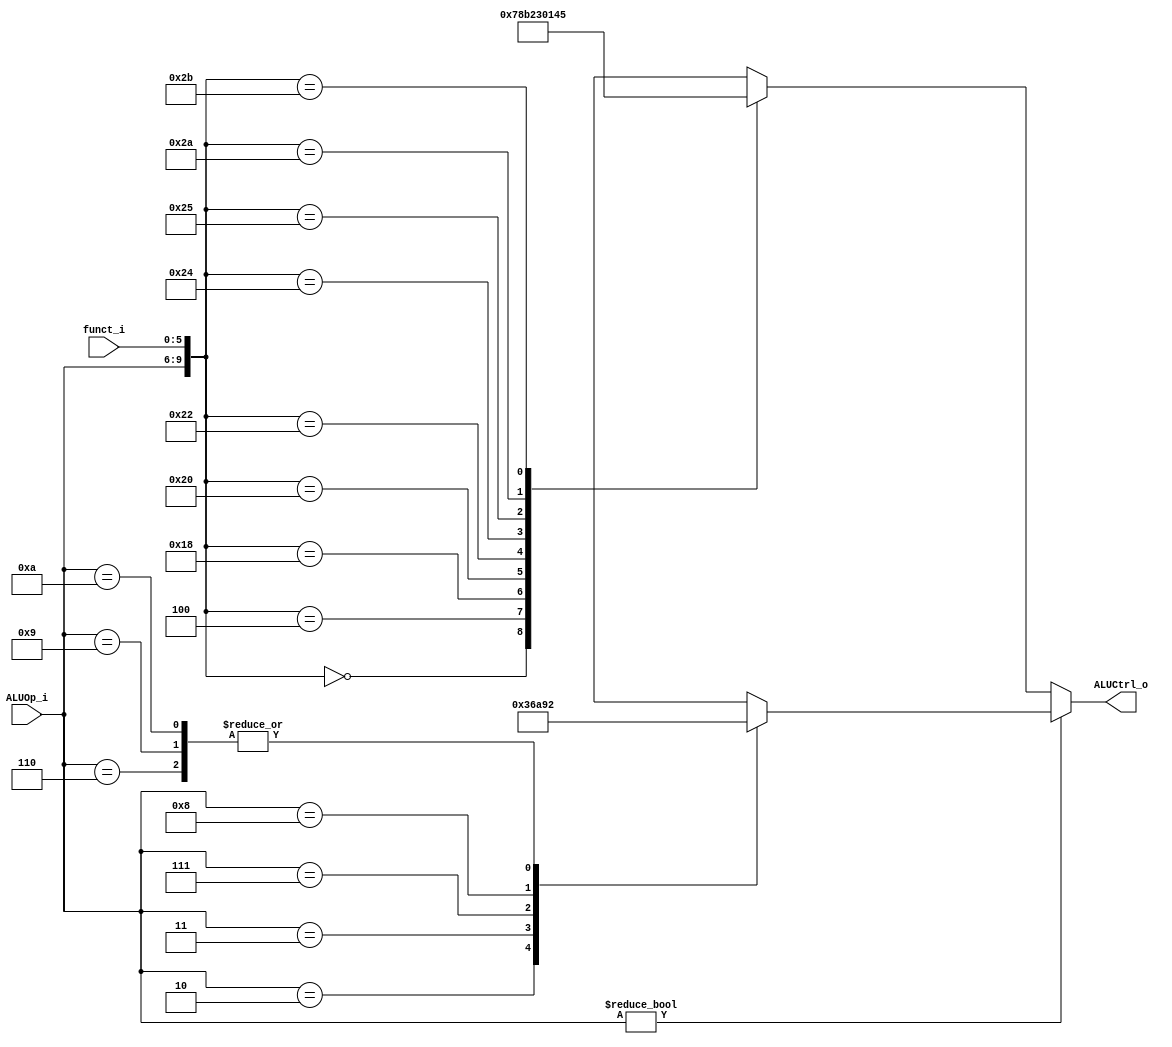
//Subject:     CO project 4
//--------------------------------------------
//Student: 0411276 Chen Yi An
//Student: 0413335 Kuo Yi Lin
//--------------------------------------------

module ALU_Ctrl(
          funct_i,
          ALUOp_i,
          ALUCtrl_o
          );
          
//I/O ports 
input      [6-1:0] funct_i;
input      [4-1:0] ALUOp_i;

output     [4-1:0] ALUCtrl_o;    
     
//Internal Signals
reg        [4-1:0] ALUCtrl_o;

//Parameter
parameter ALU_AND  = 4'd0;
parameter ALU_OR   = 4'd1;
parameter ALU_ADD  = 4'd2;
parameter ALU_SUB  = 4'd3;
parameter ALU_SLT  = 4'd4;
parameter ALU_SLTU = 4'd5;
parameter ALU_BNE  = 4'd6;
parameter ALU_SLL  = 4'd7;
parameter ALU_SLLV = 4'd8;
parameter ALU_LUI  = 4'd9;
parameter ALU_ORI  = 4'd10;
parameter ALU_MULT = 4'd11;
//parameter ALU_PC_ADD4  = 4'd12;
parameter ALU_DONTCARE = 4'bxxxx;


/*------------------------------------------------------------------
    The OP_Fields not listed here would make ALU_control simply
     send an 4bit dontcare control value to the alu,
     since These type of instrucitons don't rely on the use of alu.  
--------------------------------------------------------------------*/ 
parameter OP_FIELD_0  = 4'd0;
//parameter OP_FIELD_3  = 4'd1;
parameter OP_FIELD_4  = 4'd2; 
parameter OP_FIELD_5  = 4'd3;
//parameter OP_FIELD_6  = 4'd4;
//parameter OP_FIELD_7  = 4'd5;
parameter OP_FIELD_8  = 4'd6; 
parameter OP_FIELD_13 = 4'd7; 
parameter OP_FIELD_15 = 4'd8;
parameter OP_FIELD_35 = 4'd9;
parameter OP_FIELD_43 = 4'd10;


//Select the "exact" operation that alu would do
always @(*)begin
    //I-type instrucitons
         //I-type instrucitons have higher priority than R-type ones in 
         //incstruciton decoding 
    if( ALUOp_i != OP_FIELD_0 )begin
        case( ALUOp_i)
            OP_FIELD_4:  ALUCtrl_o = ALU_SUB ;
            OP_FIELD_5:  ALUCtrl_o = ALU_BNE;
            OP_FIELD_8:  ALUCtrl_o = ALU_ADD ;
            OP_FIELD_13: ALUCtrl_o = ALU_ORI ;
            OP_FIELD_15: ALUCtrl_o = ALU_LUI ;
            OP_FIELD_35: ALUCtrl_o = ALU_ADD ; //LW
            OP_FIELD_43: ALUCtrl_o = ALU_ADD ; //Sw
            default: 
                ALUCtrl_o = ALU_DONTCARE;
        endcase
    end

    //R-type instrucitons 
    //OP_field == 0
	else begin
    case( { ALUOp_i, funct_i } )
        { OP_FIELD_0,  6'h00 }: ALUCtrl_o = ALU_SLL  ;
        { OP_FIELD_0,  6'h04 }: ALUCtrl_o = ALU_SLLV ;
        { OP_FIELD_0,  6'h18 }: ALUCtrl_o = ALU_MULT ;
        { OP_FIELD_0,  6'h20 }: ALUCtrl_o = ALU_ADD  ;
        { OP_FIELD_0,  6'h22 }: ALUCtrl_o = ALU_SUB  ;
        { OP_FIELD_0,  6'h24 }: ALUCtrl_o = ALU_AND  ;
        { OP_FIELD_0,  6'h25 }: ALUCtrl_o = ALU_OR   ;
        { OP_FIELD_0,  6'h2a }: ALUCtrl_o = ALU_SLT  ;
        { OP_FIELD_0,  6'h2b }: ALUCtrl_o = ALU_SLTU ;
        default: 
            ALUCtrl_o = ALU_DONTCARE;
    endcase 
	 end
end

endmodule